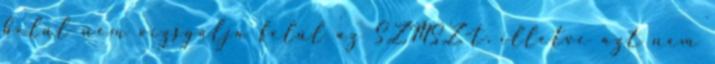
belül nem vizsgálja felül az SZMSZ-t, illetve azt nem